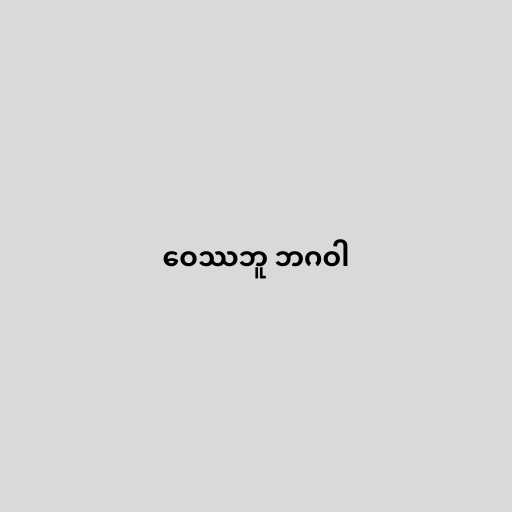
ဝေဿဘူ ဘဂဝါ